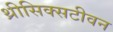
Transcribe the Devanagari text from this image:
थ्रीसिक्सटीवन